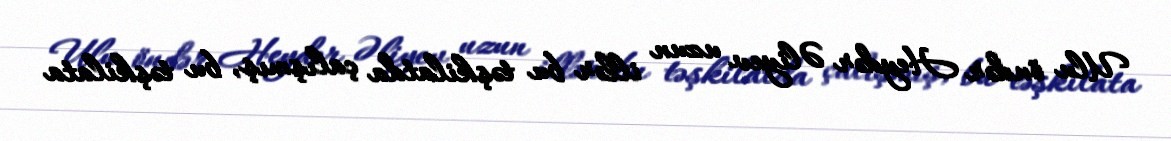
Ulu öndər Heydər Əliyev uzun illər bu təşkilatda çalışmış, bu təşkilata